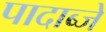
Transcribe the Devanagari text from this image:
पादाब्जे